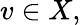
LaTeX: v\in X,